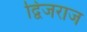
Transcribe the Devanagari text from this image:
द्विजराज